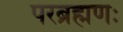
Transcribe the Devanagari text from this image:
परब्रह्मणः